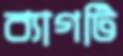
ব্যাগটি